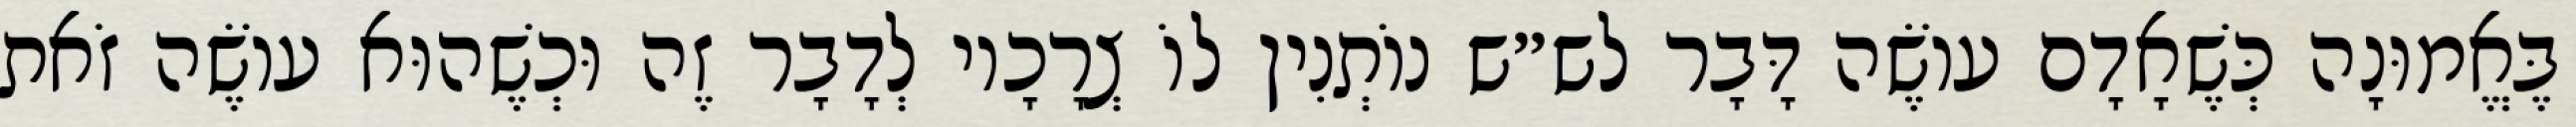
בֶּאֱמוּנָה כְּשֶׁאָדָם עוֹשֶׂה דָּבָר לש״ש נוֹתְנִין לוֹ צְרָכָיו לְדָבָר זֶה וּכְשֶׁהוּא עוֹשֶׂה זֹאת